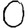
Digit: 0